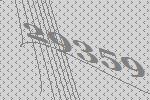
29359